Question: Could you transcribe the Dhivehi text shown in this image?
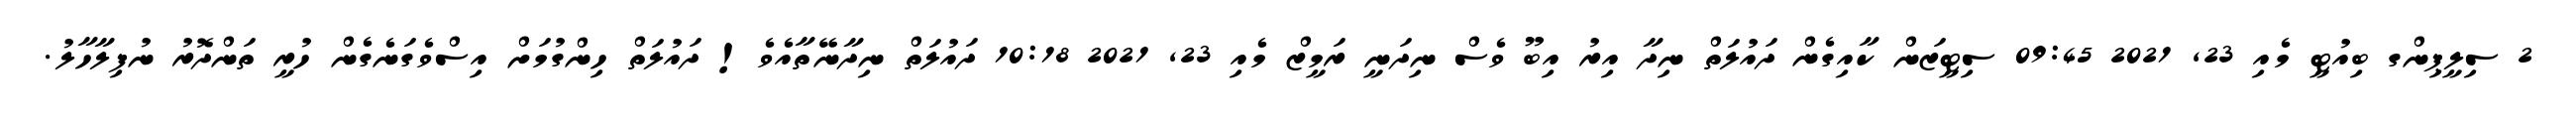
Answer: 2 ސިލީޕިންގ ބިއުޓީ މެއި 23, 2021 09:45 ސިޓީޒަން ކާއިގެން ދައުލަތް ނިދާ އިރު އިބޫ ވެސް ނިދަނީ ރަމީޒް މެއި 23, 2021 10:18 ދައުލަތް ނިދާނޭތާއެވެ! ދައުލަތް ހިންގުމަށް އިސްވެގަނެގެން ހުރީ ތަންދޮރު ނުފިލާހާލު.